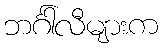
ဘင်္ဂါလီများက